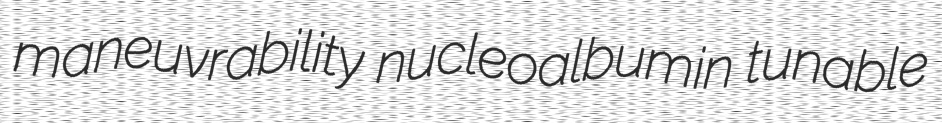
maneuvrability nucleoalbumin tunable